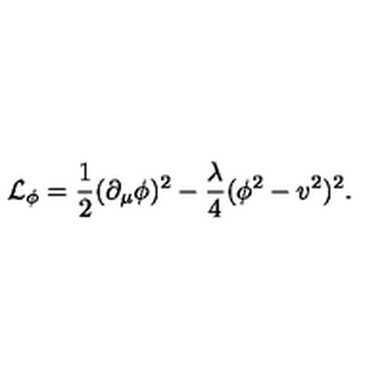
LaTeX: { \cal { L } } _ { \phi } = \frac { 1 } { 2 } ( \partial _ { \mu } \phi ) ^ { 2 } - \frac { \lambda } { 4 } ( \phi ^ { 2 } - v ^ { 2 } ) ^ { 2 } .